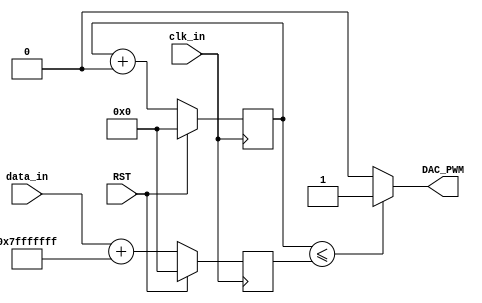
// This program was cloned from: https://github.com/Digital-EDA/Digital-IDE
// License: MIT License

module DAC_PWM #
(
	parameter MAIN_FRE = 500,
	parameter PWM_FRE  = 1000,
	parameter PHASE_WIDTH = 32
)
(
    input                    clk_in,
    input                    RST,
    output                   DAC_PWM,
    input  [PHASE_WIDTH-1:0] data_in
);

localparam [PHASE_WIDTH-1:0] DC_ADD   = (2**(PHASE_WIDTH-1)) - 1;
localparam [PHASE_WIDTH-1:0] FRE_WORD = (2**PHASE_WIDTH)*PWM_FRE/(MAIN_FRE*1000);

reg [PHASE_WIDTH-1:0] addr_r = 0;
always @(posedge clk_in) begin
	if (RST) 
		addr_r <= 0;
	else 
		addr_r <= addr_r + FRE_WORD;
end

reg [PHASE_WIDTH-1:0] duty_r = 0;
always @(posedge clk_in) begin
	if (RST) 
		duty_r <= 32'd0;
	else 
		duty_r <= $signed(data_in) + DC_ADD;
end

assign DAC_PWM = (addr_r <= duty_r) ? 1'b1 : 1'b0;

endmodule